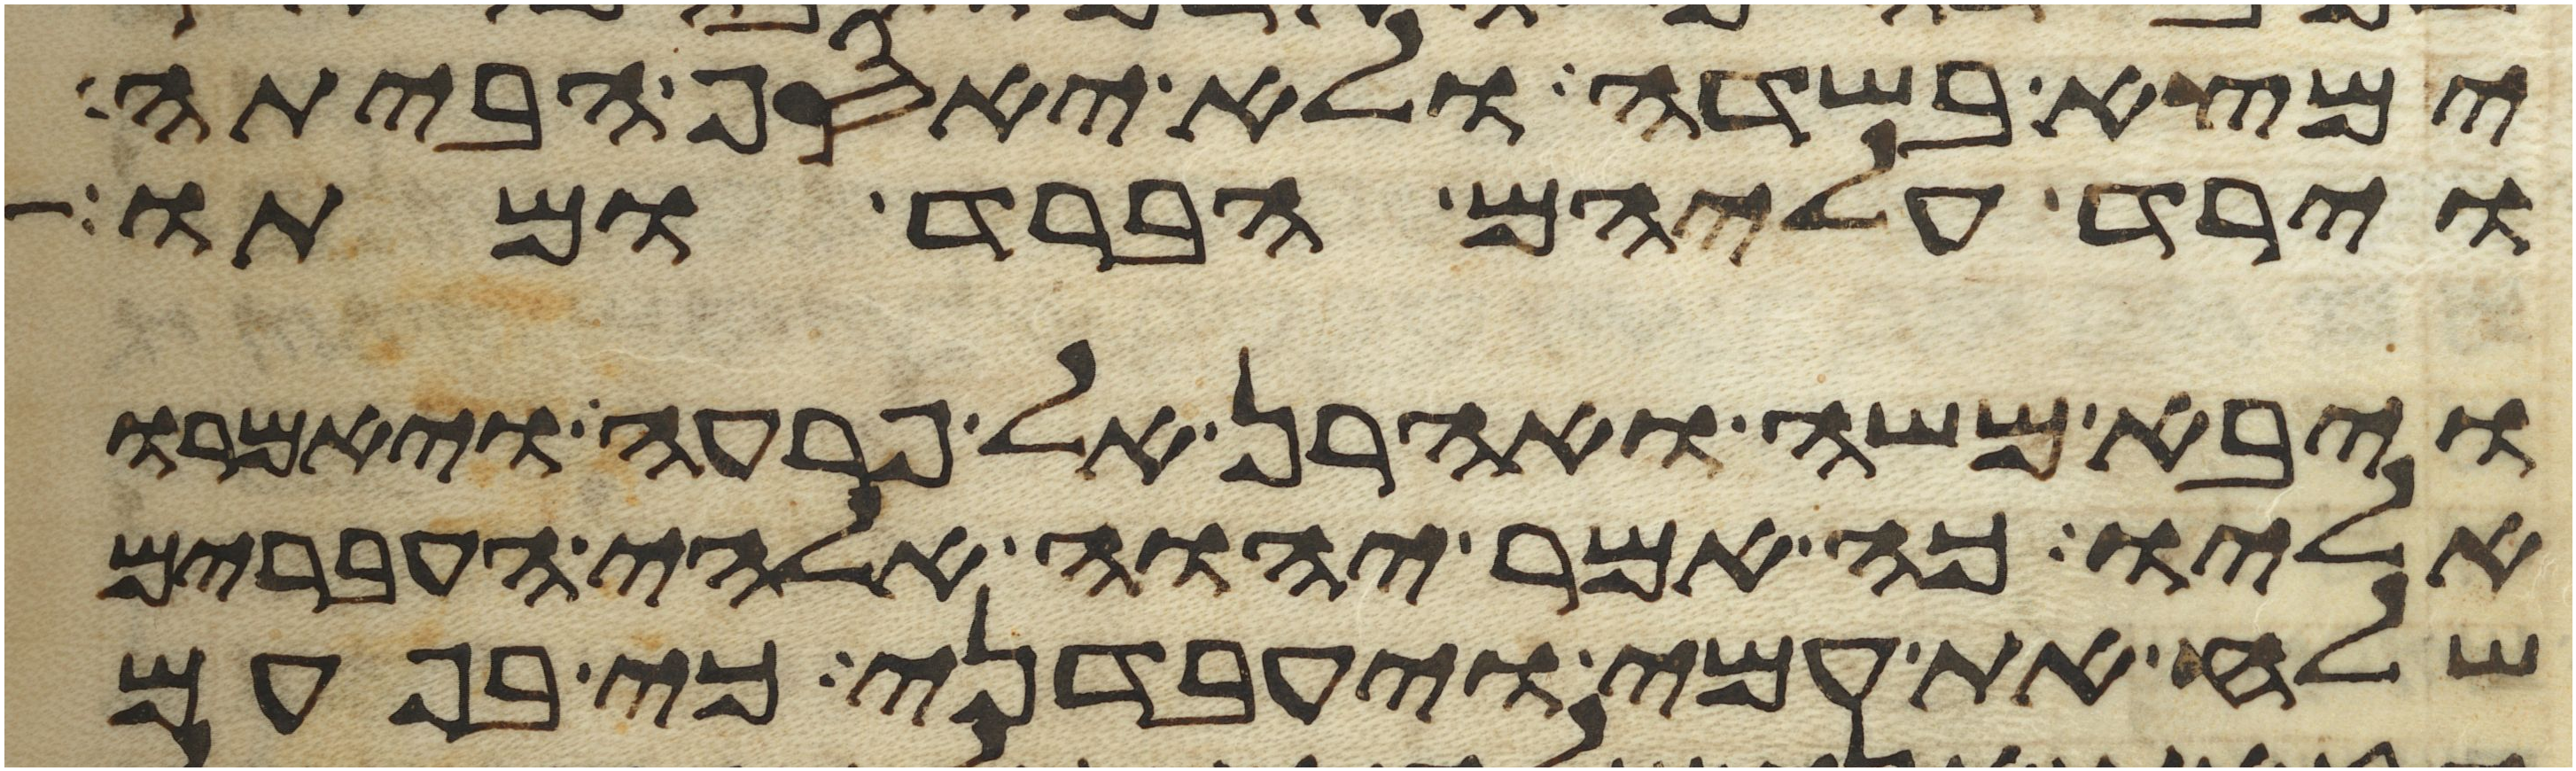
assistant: ימצא בשדה ולא יאסף הביתה
וירד עליהם הברד ומתו
ויבא משה ואהרן אל פרעה ויאמרו
אליו כה אמר יהוה אלהי העברים
שלח את עמי ויעבדני כי בפעם